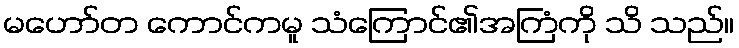
မဟော်တ ကောင်ကမူ သံကြောင်၏အကြံကို သိ သည်။